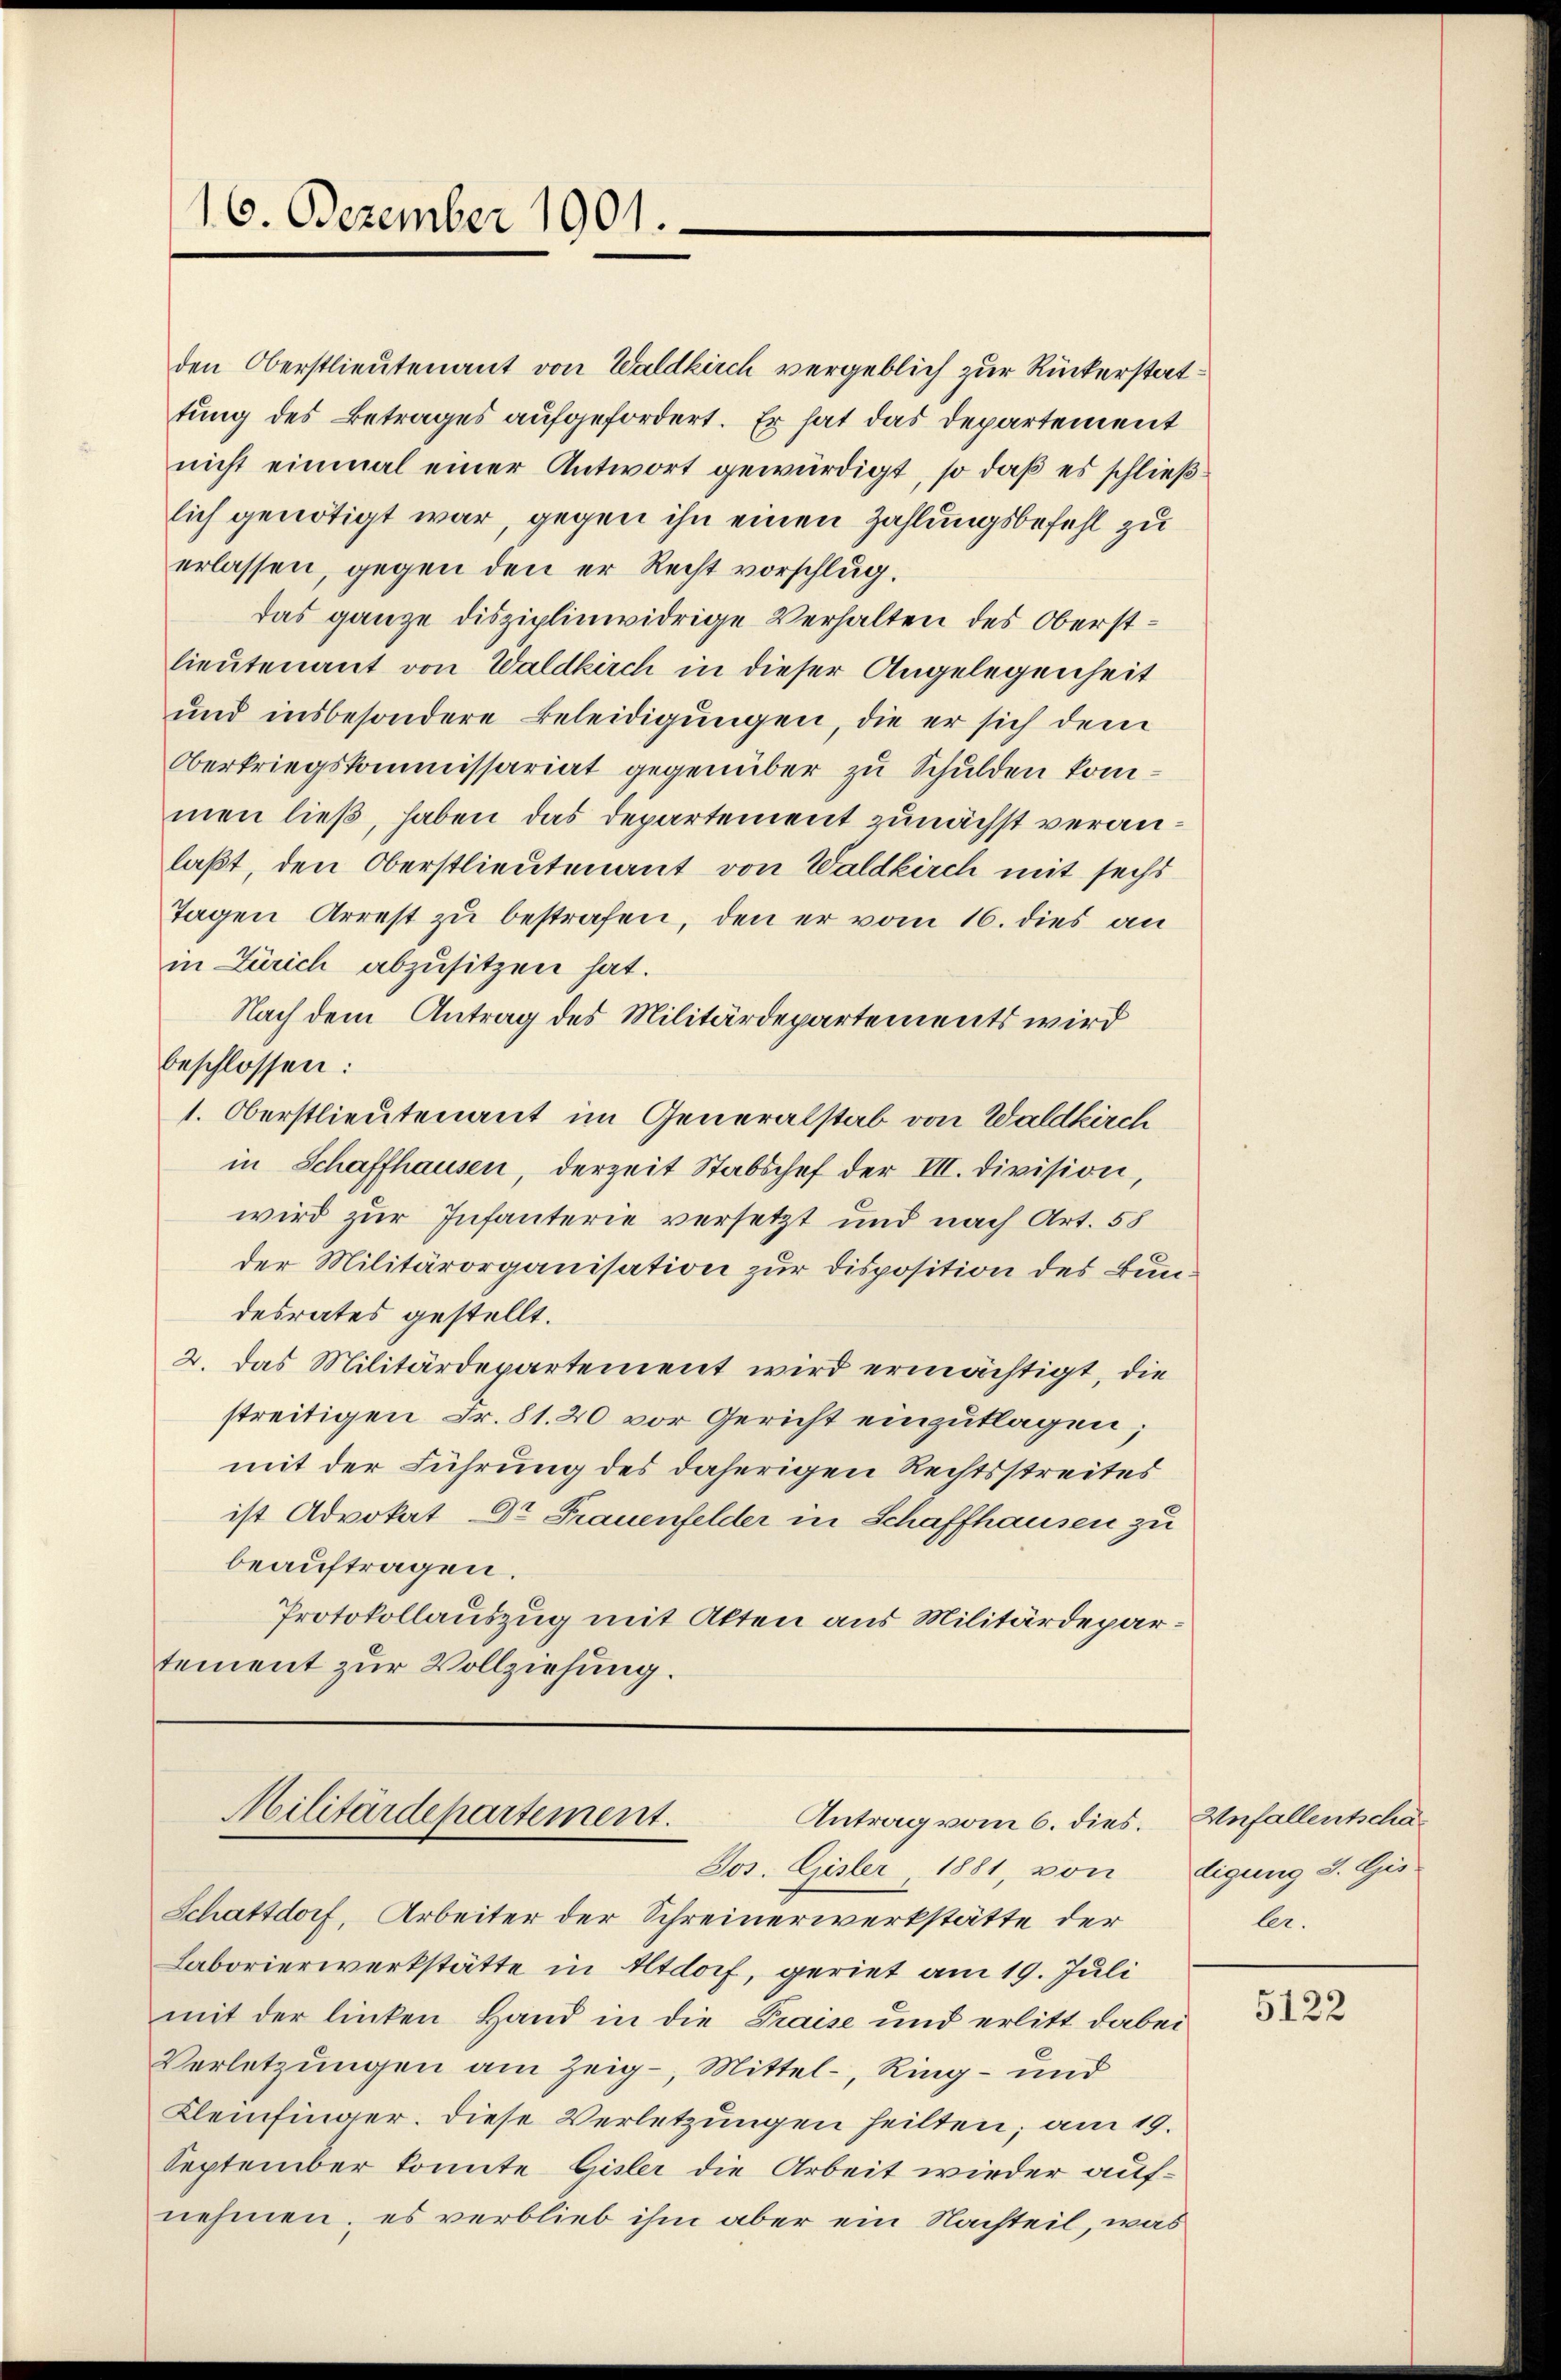
16. Dezember 1901.

den Oberstlieutenant von Waldkirch vergeblich zur Rückerstattung des Betrages aufgefordert. Er hat das Departement
nicht einmal einer Antwort gewürdigt, so daß es schließlich genötigt war, gegen ihn einen Zahlungsbefehl zu
erlassen, gegen den er Recht vorschlug.
das ganze disziplinwidrige Verhalten des Oberstlieutenant von Waldkirch in dieser Angelegenheit
und insbesondere Beleidigungen, die er sich dem
Oberkriegskommissariat gegenüber zu Schulden kommen ließ, haben das Departement zunächst veranlaßt, den Oberstlieutenant von Waldkirch mit sechs
Tagen Arrest zu bestrafen, den er vom 16. dies an
in Zürich abzusitzen hat.
Nach dem Antrag des Militärdepartements wird
beschlossen:
1. Oberstlieutenant im Generalstab von Waldkirch
in Schaffhausen, derzeit Stabschef der III. Division,
wird zur Infanterie versetzt und nach Art. 58
der Militärorganisation zur Disposition des Bundesrates gestellt.
2. Das Militärdepartement wird ermächtigt, die
streitigen Fr. 81. 20 vor Gericht einzuklagen;
mit der Führung des daherigen Rechtsstreites
ist Advokat Dr. Frauenfelder in Schaffhausen zu
beauftragen.
Protokollauszug mit Akten aus Militärdepartement zur Vollziehung.

Militärdepartement.
Antrag vom 6. dies.
Jos. Gisler, 1881, von digung S. Gis

Schattdorf, Arbeiter der Schreinerwerkstätte der
Laborierwerkstätte in Altdorf, geriet am 19. Juli
mit der linken Hand in die Praise und erlitt dabei
Verletzungen am Zeig-, Mittel, Ring - und
Kleinfinger. Diese Verletzungen heilten; am 19.
September konnte Gisler die Arbeit wieder aufnehmen, es verblieb ihm aber ein Nachteil, was

Unfallentschaler.

5122